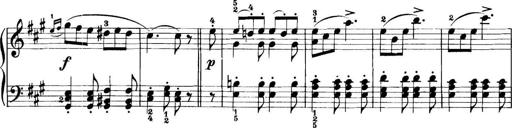
Title: 11 Sonatinas
Composer: Anton Diabelli